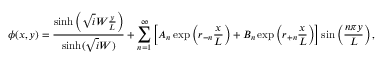
\phi ( x , y ) = \frac { \sinh \left( \sqrt i W \frac { y } { L } \right) } { \sinh ( \sqrt i W ) } + \sum _ { n = 1 } ^ { \infty } \left[ A _ { n } \exp \left( r _ { - n } \frac { x } { L } \right) + B _ { n } \exp \left( r _ { + n } \frac { x } { L } \right) \right] \sin \left( \frac { n \pi y } { L } \right) ,